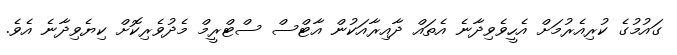
ގައުމުުގެ ކުރިއެރުމަށް އެހީވެވިދާނެ އެތައް ދާއިރާއަކުން އާޓްސް ސްޓްރީމް މެދުވެރިކޮށް ކިޔެވިދާނެ އެވެ.